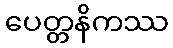
ပေတ္တနိကဿ